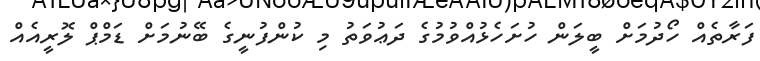
ފަރާތެއް ހޯދުމަށް ބީލަން ހުށަހެޅުއްވުމުގެ ދަޢުވަތު މި ކުންފުނީގެ ބޭނުމަށް ޑަމްޕް ލޮރީއެއް